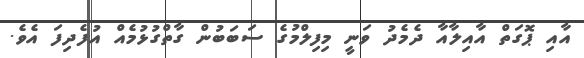
އާއި ޕޮގަތް އާއިލާއާ ދެމެދު ވަނީ މިފިލްމުގެ ސަބަބުން ގާތްގުޅުމެއް އުފެދިފަ އެވެ.